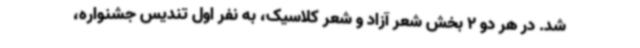
شد. در هر دو 2 بخش شعر آزاد و شعر کلاسیک، به نفر اول تندیس جشنواره،